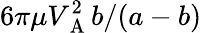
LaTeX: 6\pi\mu V_{\mathrm{~A~}}^{2}b/(a-b)